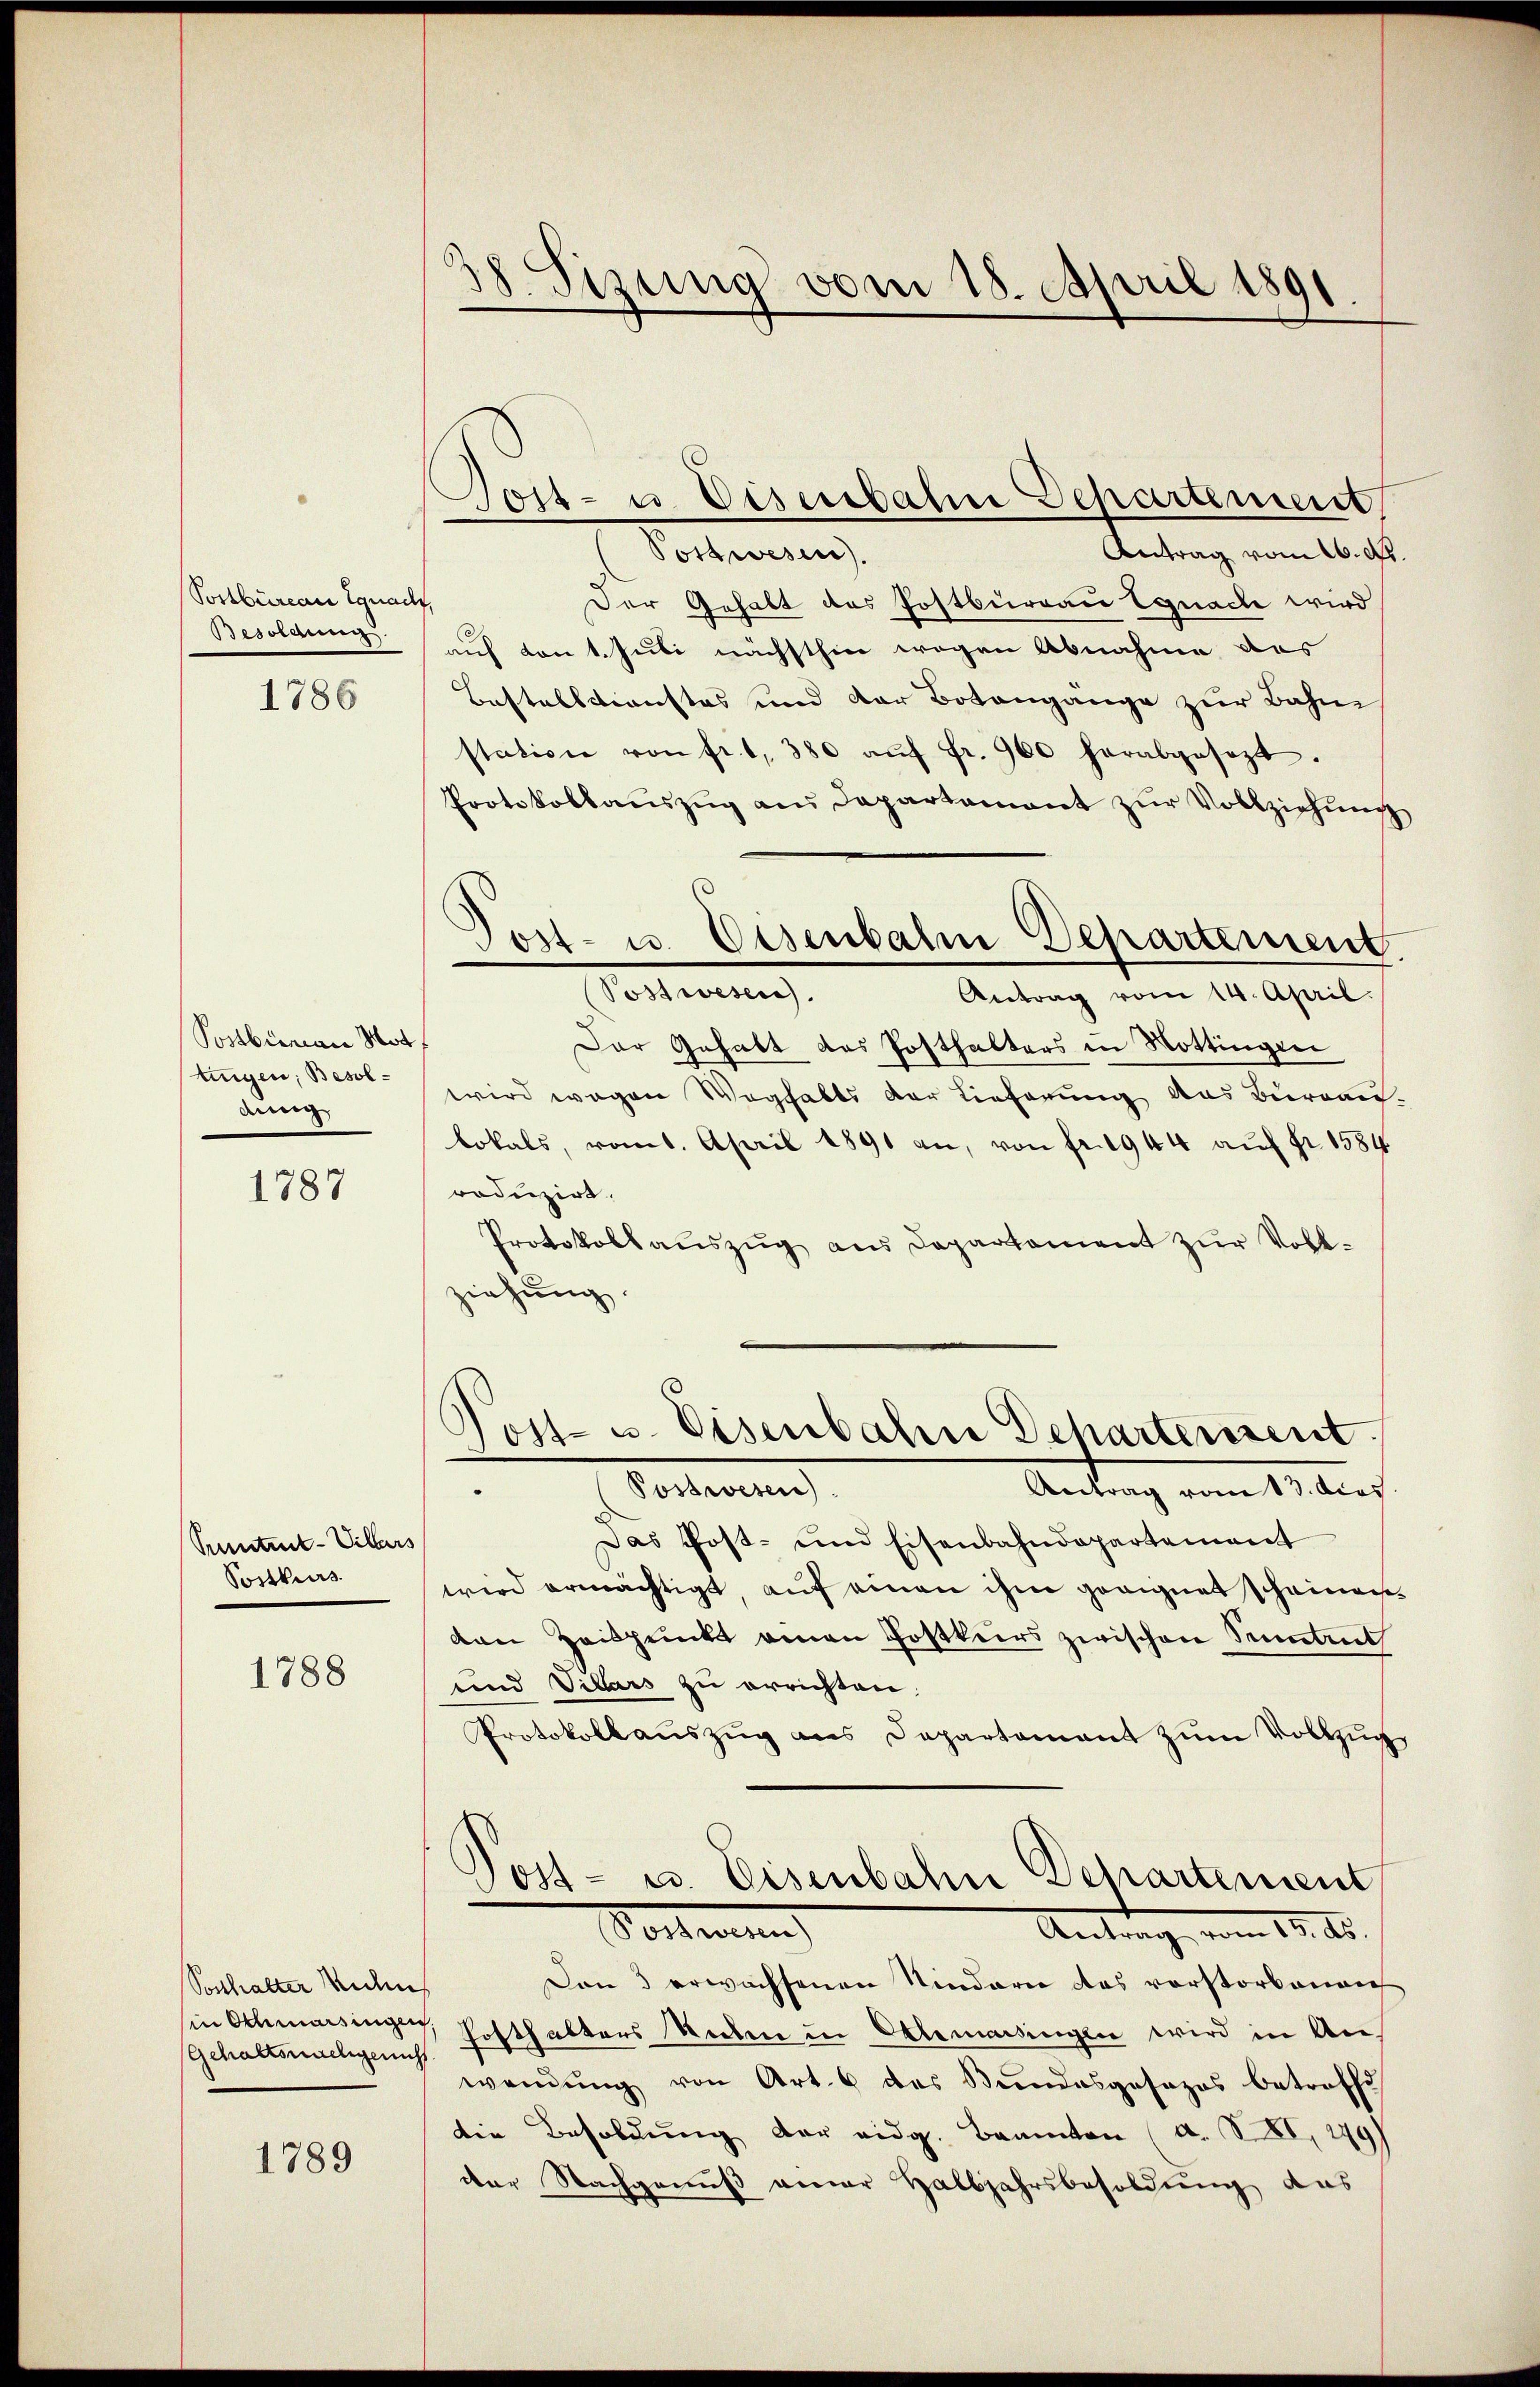
Postbüreau Ignad
Besoldung
1786

Postburau Mot
tingen, Besoldmen

1787

Pumtnit-Villars
Postkurs.

1788

Posthalter Rechn
Gehaltsmaligericht

1789

38. Sitzung vom 18. April 1891.

Jost- u. Eisenbahn Departement
Postwesen.

Post- u. Disenbahn Departement
Antrag vom 16. d.
Postwesen).
t
Der Gehalt des Postburgau Egnach wird
auf von 1. Juli nächsthier wegen Abnahme das
Bestelldienstes und der Botengänge zur Bahne
station von fr. 1, 380 aŭf fr. 900 herabgesezt.
Protokollaŭszŭg an Departamant zŭr Vollziehŭng
Antrag vom 14. April
Der Gehalt das Posthalters in Hottingen
wird wegen Waghalts der Lieferung das Bureau
lokals, romt. April 1891 an, von fr. 1944 auf fr. 1584
roduzirt.
Protokoll aŭszŭg aŭs Departament zŭr Voll-
ziehung.
Post- u. Eisenbahn Beharterient
Postwesen).
Antrag vom 13. dies
Das Post- und Eisenbahndepartement
wird ermächtigt, auf einen ihm geeignet scheinen
den Zeitpunkt einen Postkurs zwischen Sententh
und Villars zu errichten.
Protokollaŭszŭg ans Departament zŭm Vollzug
Post- u. Eisenbahn Departement
Vorbenen
Antrag vom 12. ds.
Den 3 erwachsenen Kindern das vorstorbenen
in Schmarsingen, Hofthalters Rechen in Alemassingen wird in Anwendŭng von Art. 6 des Bŭndesgesezes betroffe
die Besoldung der eidg. Beamten (d. XXI. 179
der Nachgenuß einer Halbjahrsbesoldung das